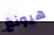
هيونغ